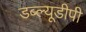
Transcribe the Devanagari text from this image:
डब्ल्यूडीपी